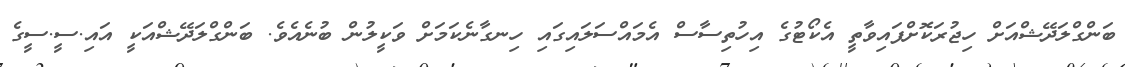
ބަންގްލަދޭޝްއަށް ހިޖުރަކޮށްފައިވާތީ އެކޯޓުގެ އިހުތިސާސް އެމައްސަލައިގައި ހިނގާނެކަމަށް ވަކީލުން ބުނެއެވެ. ބަންގްލަދޭޝްއަކީ އައި.ސީ.ސީގެ